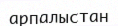
арпалыстан